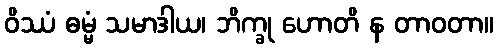
ဝိဿံ ဓမ္မံ သမာဒါယ၊ ဘိက္ခု ဟောတိ န တာဝတာ။